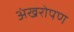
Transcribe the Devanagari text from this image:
अंखरोपण